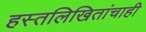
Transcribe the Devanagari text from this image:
हस्तलिखितांचाही